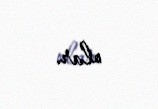
olar.